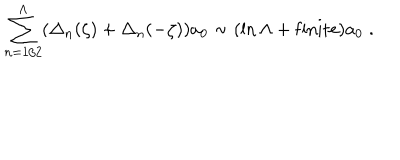
LaTeX: \sum _ { n = 1 / 2 } ^ { \Lambda } ( \Delta _ { n } ( \zeta ) + \Delta _ { n } ( - \zeta ) ) a _ { 0 } \sim ( \ln \Lambda + \mathrm { { f i n i t e } } ) a _ { 0 } \; .